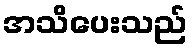
အသိပေးသည်